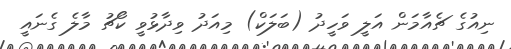
ނިއުގެ ޗެއާމަން އަލީ ވަހީދު (ބަލަކް) މިއަދު ވިދާޅުވީ ކޯޗު މާލެ ގެނައީ